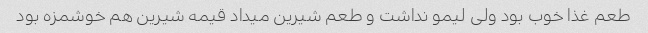
طعم غذا خوب بود ولی لیمو نداشت و طعم شیرین میداد قیمه شیرین هم خوشمزه بود